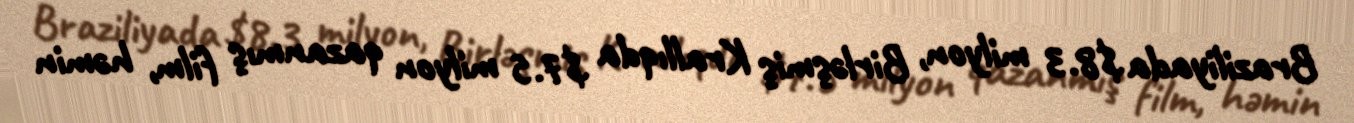
Braziliyada $8.3 milyon, Birləşmiş Krallıqda $7.5 milyon qazanmış film, həmin